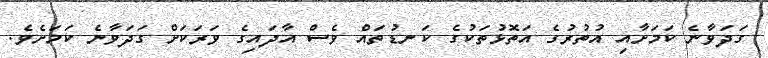
ގަދަވާނެ ކަމަށާއި އުތުރުގެ އަތޮޅުތަކުގެ ކަނޑުތައް ވެސް އާދައިގެ ވަރަކަށް ގަދަވާނެ ކަމަށެވެ.